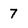
Character: 7